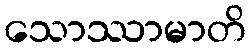
သောဿာမာတိ